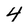
Character: 4